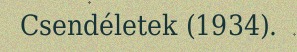
Csendéletek (1934).